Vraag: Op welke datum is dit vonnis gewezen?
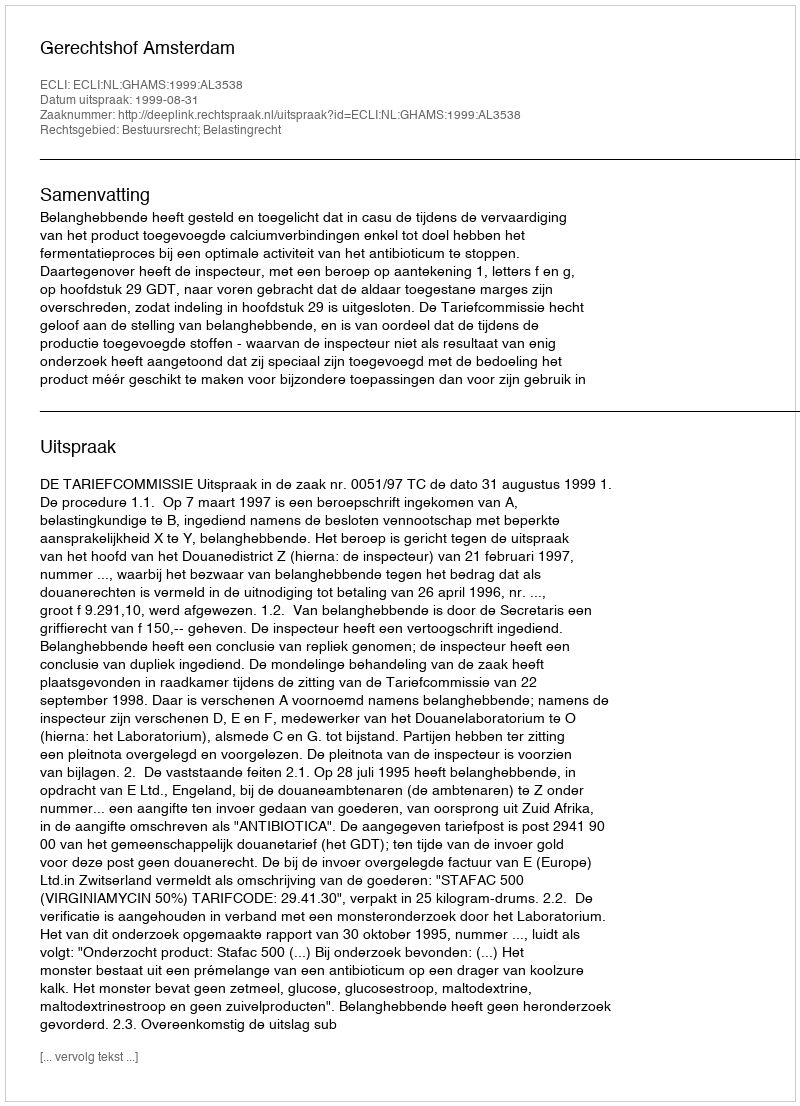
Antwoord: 1999-08-31